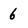
Character: 6